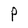
Character: P